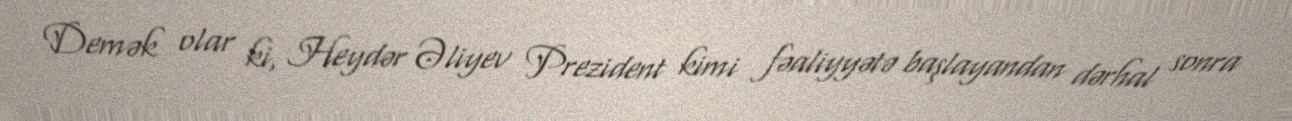
Demək olar ki, Heydər Əliyev Prezident kimi fəaliyyətə başlayandan dərhal sonra